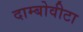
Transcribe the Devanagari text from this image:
दाम्बोवीटा